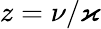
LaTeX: z=\nu/\varkappa